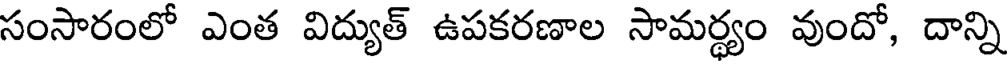
సంసారంలో ఎంత విద్యుత్ ఉపకరణాల సామర్థ్యం వుందో, దాన్ని